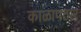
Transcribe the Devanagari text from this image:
काळापठार